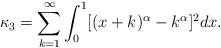
LaTeX: \begin{align*} \kappa_3 = \sum_{k=1} ^\infty \int_0^1 [(x+k) ^\alpha -k^\alpha]^2 dx. \end{align*}